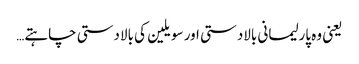
یعنی وہ پارلیمانی بالادستی اور سویلین کی بالادستی چاہتے…